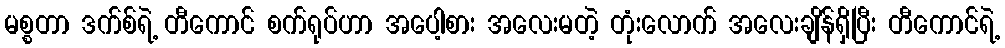
မစ္စတာ ဒက်စ်ရဲ့ တီကောင် စက်ရုပ်ဟာ အပေါ့စား အလေးမတဲ့ တုံးလောက် အလေးချိန်ရှိပြီး တီကောင်ရဲ့